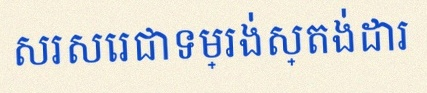
សរសេរជាទម្រង់ស្តង់ដារ